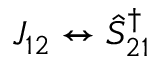
J _ { 1 2 } \leftrightarrow \hat { S } _ { 2 1 } ^ { \dagger }